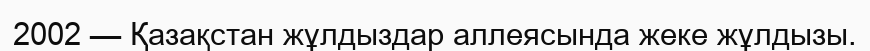
2002 — Қазақстан жұлдыздар аллеясында жеке жұлдызы.